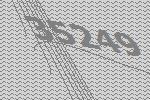
35249